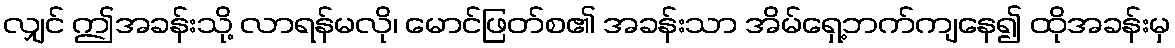
လျှင် ဤအခန်းသို့ လာရန်မလို၊ မောင်ဖြတ်စ၏ အခန်းသာ အိမ်ရှေ့ဘက်ကျနေ၍ ထိုအခန်းမှ